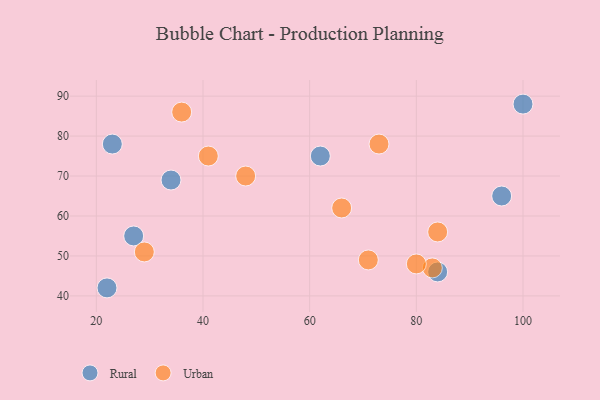
{"axis": {"x": "GDP", "y": "Life Expectancy"}, "legend": ["Rural", "Urban"], "data": [{"x": "34", "y": 69, "type": "Rural"}, {"x": "96", "y": 65, "type": "Rural"}, {"x": "100", "y": 88, "type": "Rural"}, {"x": "22", "y": 42, "type": "Rural"}, {"x": "62", "y": 75, "type": "Rural"}, {"x": "27", "y": 55, "type": "Rural"}, {"x": "23", "y": 78, "type": "Rural"}, {"x": "84", "y": 46, "type": "Rural"}, {"x": "36", "y": 86, "type": "Urban"}, {"x": "83", "y": 47, "type": "Urban"}, {"x": "66", "y": 62, "type": "Urban"}, {"x": "73", "y": 78, "type": "Urban"}, {"x": "41", "y": 75, "type": "Urban"}, {"x": "84", "y": 56, "type": "Urban"}, {"x": "29", "y": 51, "type": "Urban"}, {"x": "71", "y": 49, "type": "Urban"}, {"x": "80", "y": 48, "type": "Urban"}, {"x": "48", "y": 70, "type": "Urban"}]}